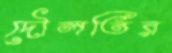
দৌলতির